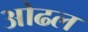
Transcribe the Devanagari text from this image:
ओढल